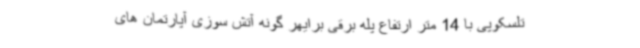
تلسکوپی با 14 متر ارتفاع پله برقی برایهر گونه آتش سوزی آپارتمان های